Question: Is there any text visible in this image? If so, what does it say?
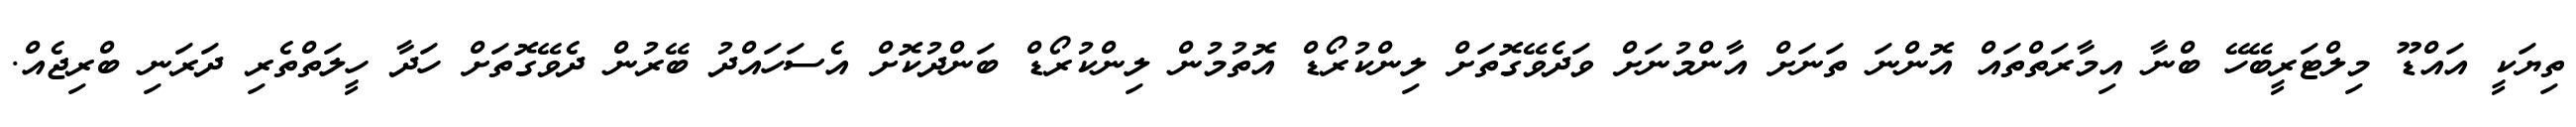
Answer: ތިޔަކީ އައްޑޫ މިލްޓަރީބޭހޭ ބްނާ އިމާރަތްތައް އޮންނަ ތަނަށް އާންމުނަށް ވަދެވޭގޮތަށް ލިންކުރޯޑް އޮތުމުން ލިންކުރޯޑް ބަންދުކޮށް އެސަހައްދު ބޭރުން ދެވޭގޮތަށް ހަދާ ހީލަތްތެރި ދަރަނި ބްރިޖެއް.